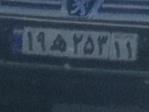
۱۹ه۲۵۳۱۱